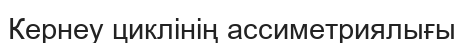
Кернеу циклінің ассиметриялығы